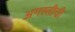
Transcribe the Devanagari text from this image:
अगस्तीची